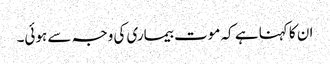
ان کا کہنا ہے کہ موت بیماری کی وجہ سے ہوئی۔